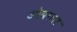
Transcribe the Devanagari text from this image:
ओवाला